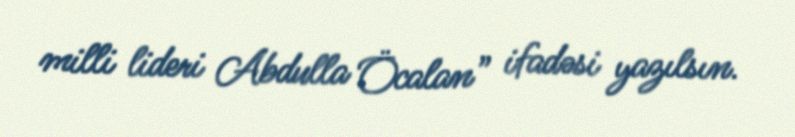
milli lideri Abdulla Öcalan” ifadəsi yazılsın.